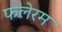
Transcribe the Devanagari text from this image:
फलेरम